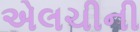
એલચીની